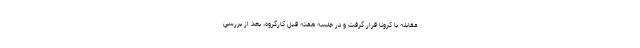
مقابله با کرونا قرار گرفت و در جلسه هفته قبل کارگروه، بعد از بررسی